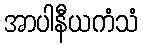
အာပါနီယကံသံ